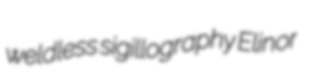
weldless sigillography Elinor